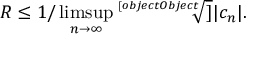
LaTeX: R \leq 1 / \operatorname* { l i m s u p } _ { n \rightarrow \infty } { \sqrt [ [object Object] ] { | c _ { n } | } } .